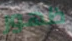
ظهور